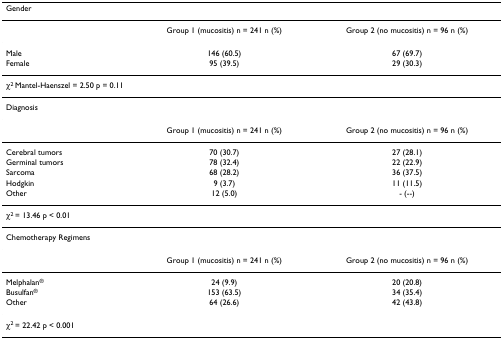
<table><thead><tr><td><b>Gender</b></td><td></td><td></td></tr></thead><tbody><tr><td></td><td>Group 1 (mucositis) n = 241 n (%)</td><td>Group 2 (no mucositis) n = 96 n (%)</td></tr><tr><td>Male</td><td>146 (60.5)</td><td>67 (69.7)</td></tr><tr><td>Female</td><td>95 (39.5)</td><td>29 (30.3)</td></tr><tr><td colspan="3">χ<sup>2 </sup>Mantel-Haenszel = 2.50 p = 0.11</td></tr><tr><td>Diagnosis</td><td></td><td></td></tr><tr><td></td><td>Group 1 (mucositis) n = 241 n (%)</td><td>Group 2 (no mucositis) n = 96 n (%)</td></tr><tr><td>Cerebral tumors</td><td>70 (30.7)</td><td>27 (28.1)</td></tr><tr><td>Germinal tumors</td><td>78 (32.4)</td><td>22 (22.9)</td></tr><tr><td>Sarcoma</td><td>68 (28.2)</td><td>36 (37.5)</td></tr><tr><td>Hodgkin</td><td>9 (3.7)</td><td>11 (11.5)</td></tr><tr><td>Other</td><td>12 (5.0)</td><td>- (--)</td></tr><tr><td colspan="3">χ<sup>2 </sup>= 13.46 p &lt; 0.01</td></tr><tr><td>Chemotherapy Regimens</td><td></td><td></td></tr><tr><td></td><td>Group 1 (mucositis) n = 241 n (%)</td><td>Group 2 (no mucositis) n = 96 n (%)</td></tr><tr><td>Melphalan<sup>®</sup></td><td>24 (9.9)</td><td>20 (20.8)</td></tr><tr><td>Busulfan<sup>®</sup></td><td>153 (63.5)</td><td>34 (35.4)</td></tr><tr><td>Other</td><td>64 (26.6)</td><td>42 (43.8)</td></tr><tr><td colspan="3">χ<sup>2 </sup>= 22.42 p &lt; 0.001</td></tr></tbody></table>